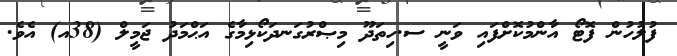
ފުލުހުން ފޮޓޯ އާންމުކޮށްފައި ވަނީ ސ.ހިތަދޫ މިޞްރުގަނދަކޯޅިމާގެ އަޙްމަދު ޖަމީލް (38އ) އެވެ.